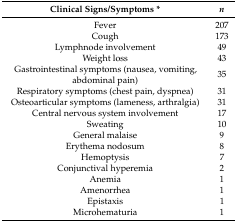
<table><thead><tr><td><b>Clinical Signs/Symptoms *</b></td><td><b><i>n</i></b></td></tr></thead><tbody><tr><td>Fever</td><td>207</td></tr><tr><td>Cough</td><td>173</td></tr><tr><td>Lymphnode involvement</td><td>49</td></tr><tr><td>Weight loss</td><td>43</td></tr><tr><td>Gastrointestinal symptoms (nausea, vomiting, abdominal pain)</td><td>35</td></tr><tr><td>Respiratory symptoms (chest pain, dyspnea)</td><td>31</td></tr><tr><td>Osteoarticular symptoms (lameness, arthralgia)</td><td>31</td></tr><tr><td>Central nervous system involvement</td><td>17</td></tr><tr><td>Sweating</td><td>10</td></tr><tr><td>General malaise</td><td>9</td></tr><tr><td>Erythema nodosum</td><td>8</td></tr><tr><td>Hemoptysis</td><td>7</td></tr><tr><td>Conjunctival hyperemia</td><td>2</td></tr><tr><td>Anemia</td><td>1</td></tr><tr><td>Amenorrhea</td><td>1</td></tr><tr><td>Epistaxis</td><td>1</td></tr><tr><td>Microhematuria</td><td>1</td></tr></tbody></table>